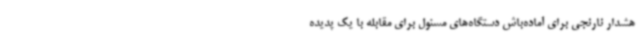
هشدار نارنجی برای آماده‌باش دستگاه‌های مسئول برای مقابله با یک پدیده